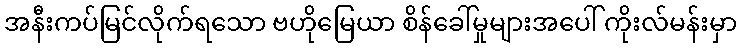
အနီးကပ်မြင်လိုက်ရသော ဗဟိုမြေယာ စိန်ခေါ်မှုများအပေါ် ကိုးလ်မန်းမှာ